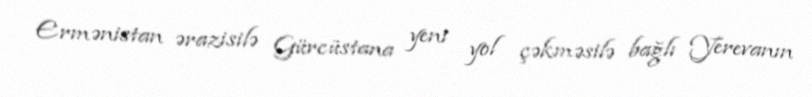
Ermənistan ərazisilə Gürcüstana yeni yol çəkməsilə bağlı Yerevanın